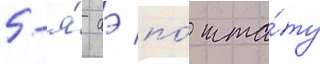
5-я́ аэ по́ шта́ту